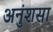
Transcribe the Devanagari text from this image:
अनुंशसा